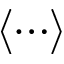
\langle \cdots \rangle